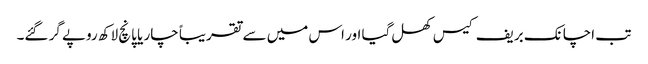
تب اچانک بریف کیس کھل گیا اور اس میں سے تقریباً چار یا پانچ لاکھ روپے گر گئے۔